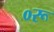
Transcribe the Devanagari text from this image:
०रू